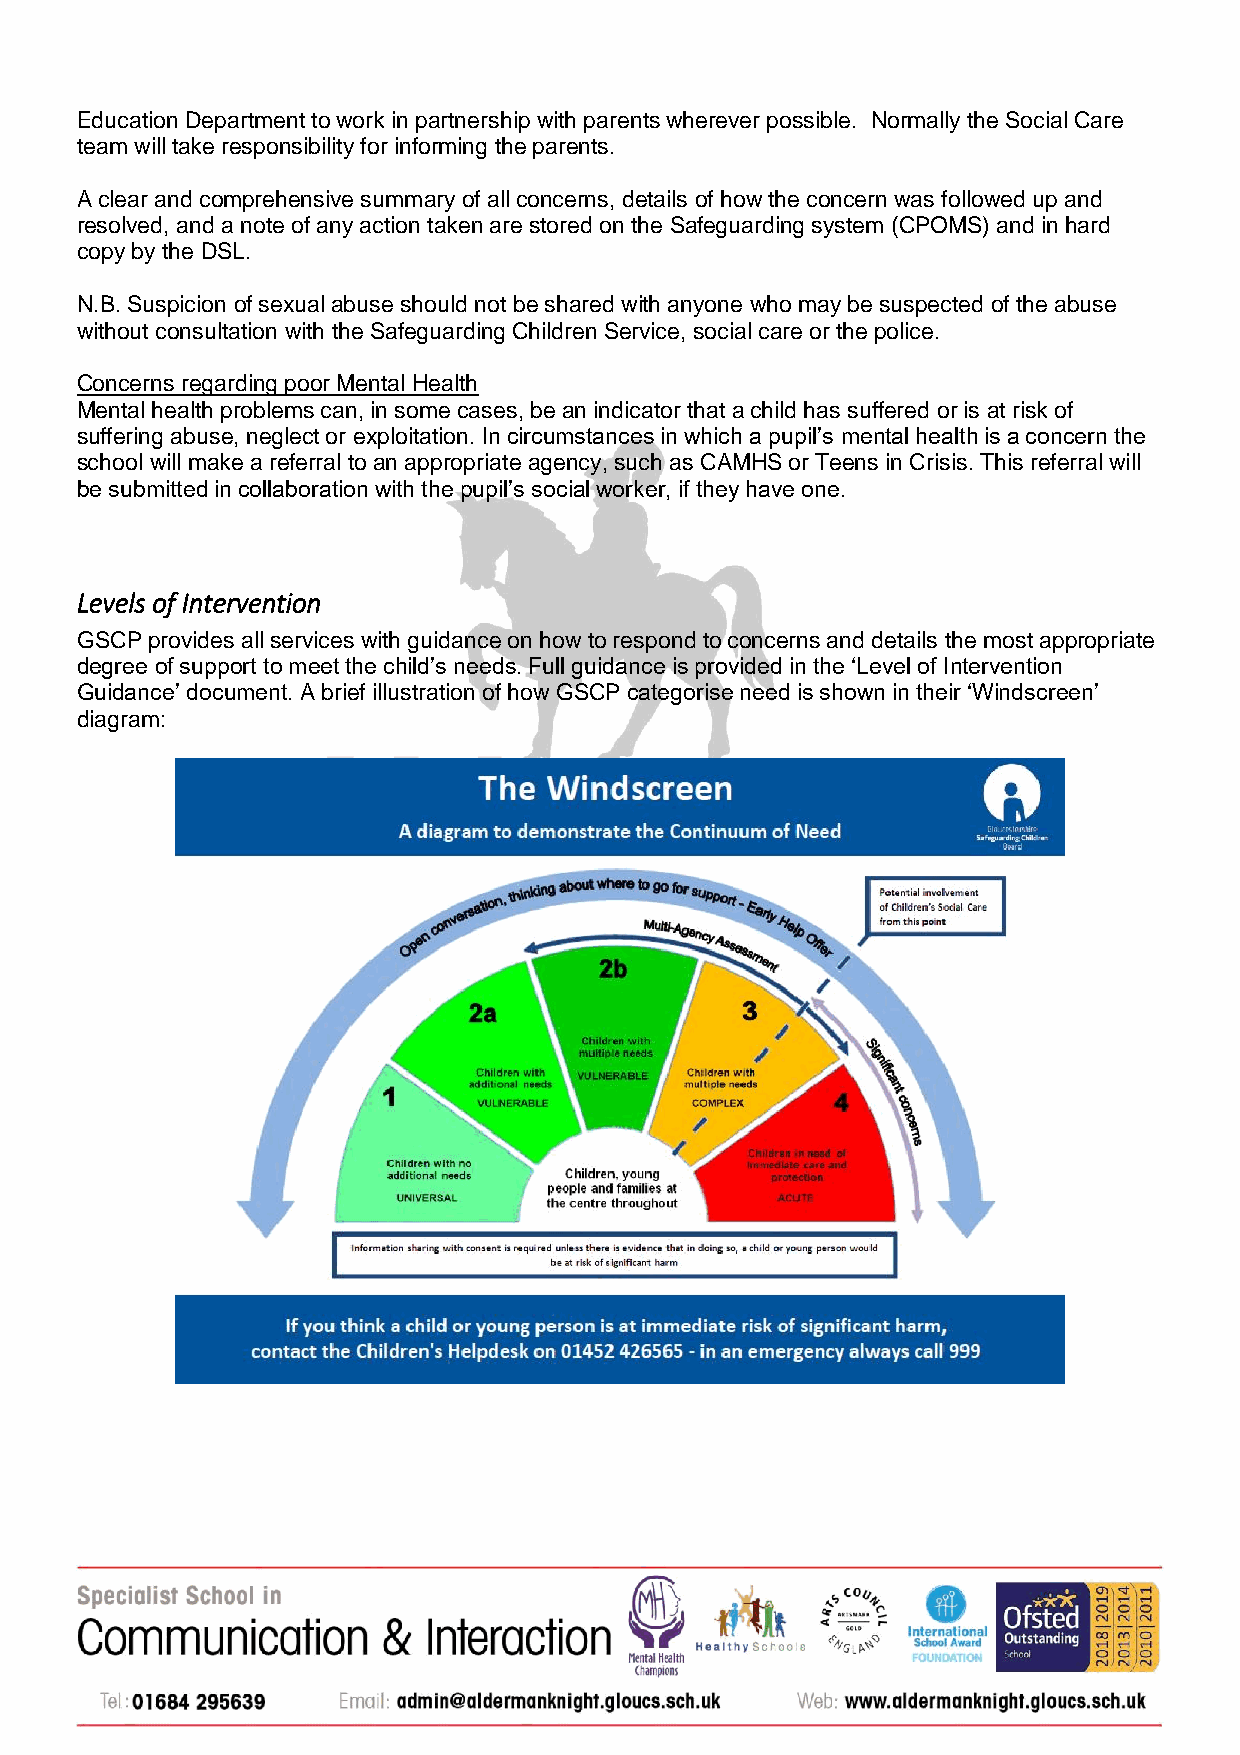
Education Department to work in partnership with parents wherever possible. Normally the Social Care
 team will take responsibility for informing the parents.
 A clear and comprehensive summary of all concerns, details of how the concern was followed up and
 resolved, and a note of any action taken are stored on the Safeguarding system (CPOMS) and in hard
 copy by the DSL.
 N.B. Suspicion of sexual abuse should not be shared with anyone who may be suspected of the abuse
 without consultation with the Safeguarding Children Service, social care or the police.
 Concerns regarding poor Mental Health
 Mental health problems can, in some cases, be an indicator that a child has suffered or is at risk of
 suffering abuse, neglect or exploitation. In circumstances in which a pupil’s mental health is a concern the
 school will make a referral to an appropriate agency, such as CAMHS or Teens in Crisis. This referral will
 be submitted in collaboration with the pupil’s social worker, if they have one.
 Levels of Intervention
 GSCP provides all services with guidance on how to respond to concerns and details the most appropriate
 degree of support to meet the child’s needs. Full guidance is provided in the ‘Level of Intervention
 Guidance’ document. A brief illustration of how GSCP categorise need is shown in their ‘Windscreen’
 diagram: